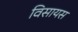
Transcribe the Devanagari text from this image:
विसायस